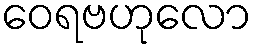
ဝေရဗဟုလော